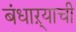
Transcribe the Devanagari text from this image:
बंधाऱ्याची